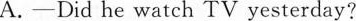
A.-Did he watch TV yesterday?